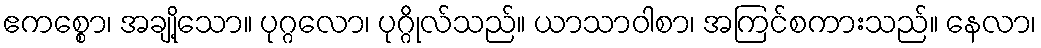
ဧကစ္စော၊ အချို့သော။ ပုဂ္ဂလော၊ ပုဂ္ဂိုလ်သည်။ ယာသာဝါစာ၊ အကြင်စကားသည်။ နေလာ၊